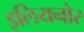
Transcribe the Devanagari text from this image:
इलियनोर